Vaccination in Burma 1920-1933 - 1920-1933
Year: 1920
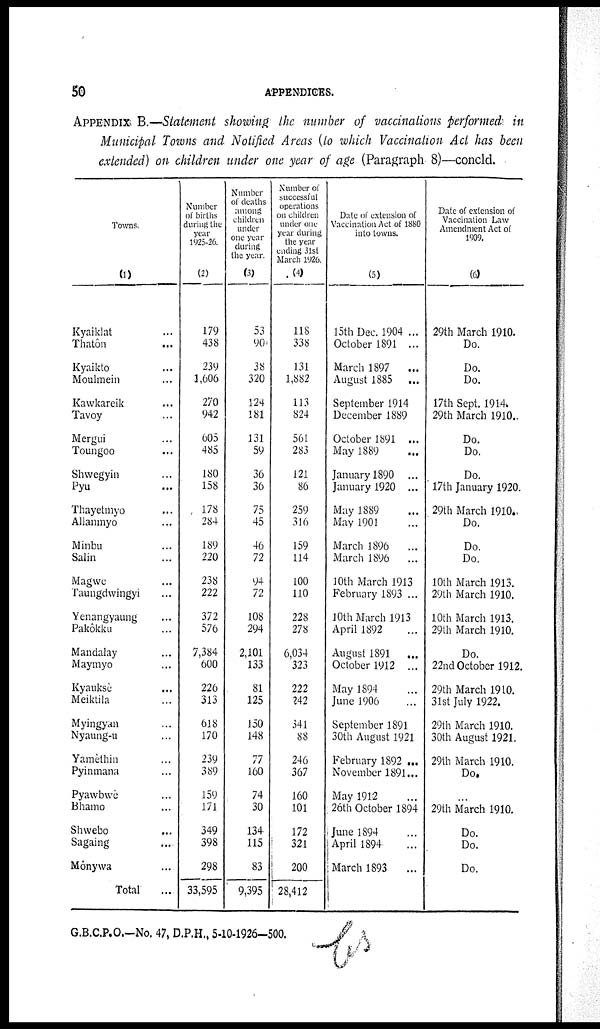
50
APPENDICES.
APPENDIX. B.—Statement showing the number of vaccinations performed in
Municipal Towns and Notified Areas (to which Vaccination Act has been
extended) on children under one year of age (Paragraph 8)—concld.
Towns.
(1)
Kyaiklat ...
Thatôn ...
Kyaikto ...
Moulmein ...
Kawkareik ...
Tavoy ...
Mergui ...
Toungoo ...
Shwegyin ...
Pyu ...
Thayetmyo ...
Allanmyo ...
Minbu ...
Salin ...
Magwe ...
Taungdwingyi ...
Yenangyaung ...
Pakôkku ...
Mandalay ...
Maymyo ...
Kyauksè ...
Meiktila ...
Myingyan ...
Nyaung-u ...
Yamèthin ...
Pyinmana ...
Pyawbwè ...
Bhamo ...
Shwebo ...
Sagaing ...
Mônywa ...
Total ...
Number
of births
during the
year
1925-26.
(2)
179
438
239
1,606
270
942
605
485
180
158
178
284
189
220
238
222
372
576
7,384
600
226
313
618
170
239
389
159
171
349
398
298
33,595
Number
of deaths
among
children
under
one year
during
the year.
(3)
53
90
38
320
124
181
131
59
36
36
75
45
46
72
94
72
108
294
2,101
133
81
125
150
148
77
160
74
30
134
115
83
9,395
Number of
successful
operations
on children
under one
year during
the year
ending 31st
March 1926.
(4)
118
338
131
1,882
113
824
561
283
121
86
259
316
159
114
100
110
228
278
6,034
323
222
242
341
88
246
367
160
101
172
321
200
28,412
Date of extension of
Vaccination Act of 1880
into towns.
(5)
15th Dec. 1904 ...
October 1891 ...
March 1897
...
August 1885
...
September 1914
December 1889
October 1891 ...
May 1889 ...
January 1890 ...
January 1920 ...
May 1889 ...
May 1901 ...
March 1896
...
March 1896
...
10th March 1913
February 1893 ...
10th March 1913
April 1892 ...
August 1891
...
October 1912 ...
May 1894 ...
June 1906 ...
September 1891
30th August 1921
February 1892 ...
November 1891...
May 1912 ...
26th October 1894
June 1894 ...
April 1894 ...
March 1893
...
Date of extension of
Vaccination Law
Amendment Act of
1909.
(6)
29th March 1910.
Do.
Do.
Do.
17th Sept. 1914.
29th March 1910.
Do.
Do.
Do.
17th January 1920.
29th March 1910.
Do.
Do.
Do.
10th March 1913.
29th March 1910.
10th March 1913.
29th March 1910.
Do.
22nd October 1912.
29th March 1910.
31st July 1922.
29th March 1910.
30th August 1921.
29th March 1910.
Do.
...
29th March 1910.
Do.
Do.
Do.
G.B.C.P.O.-No. 47, D.P.H., 5-10-1926-500.